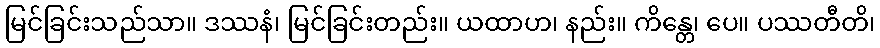
မြင်ခြင်းသည်သာ။ ဒဿနံ၊ မြင်ခြင်းတည်း။ ယထာဟ၊ နည်း။ ကိန္တေ၊ ပေ။ ပဿတီတိ၊